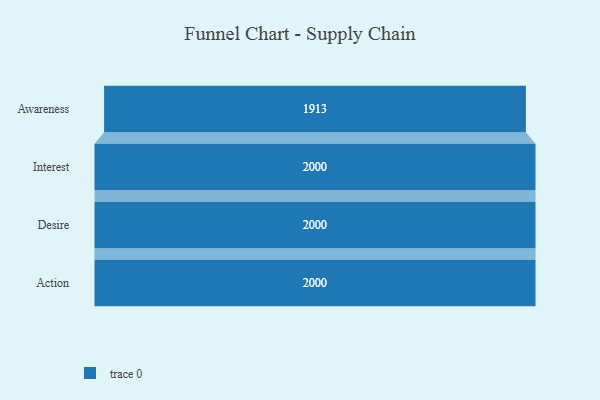
{"axis": {"x": "Stage", "y": "Value"}, "legend": [""], "data": [{"x": "Awareness", "y": 1913.0, "type": ""}, {"x": "Interest", "y": 2000, "type": ""}, {"x": "Desire", "y": 2000, "type": ""}, {"x": "Action", "y": 2000, "type": ""}]}